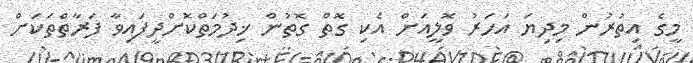
މީގެ އިތުރުން މިިދިޔަ އަހަރު ވޮލީއަށް އެކި ގޮތް ގޮތުން ޚިދުމަތްކޮށްދީފައިވާ ފަރާތްތަކަށް